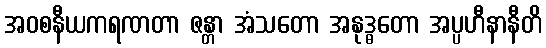
အဝစနီယကရဏတာ ဇန္တာ အံသတော အနုဒ္ဓတော အပ္ပဟီနာနီတိ